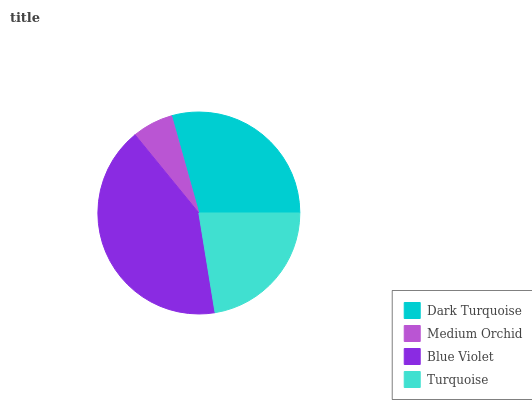
| Dark Turquoise | Medium Orchid | Blue Violet | Turquoise |
 | --- | --- | --- | --- |
 | 29.3% | 6.54% | 41.7% | 22.4% |